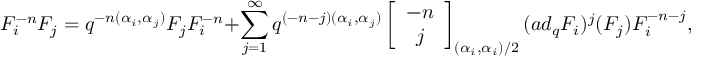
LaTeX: F _ { i } ^ { - n } F _ { j } = q ^ { - n ( \alpha _ { i } , \alpha _ { j } ) } F _ { j } F _ { i } ^ { - n } + \sum _ { j = 1 } ^ { \infty } q ^ { ( - n - j ) ( \alpha _ { i } , \alpha _ { j } ) } \left[ \begin{array} { c } { { - n } } \\ { { j } } \end{array} \right] _ { ( \alpha _ { i } , \alpha _ { i } ) / 2 } ( a d _ { q } F _ { i } ) ^ { j } ( F _ { j } ) F _ { i } ^ { - n - j } ,